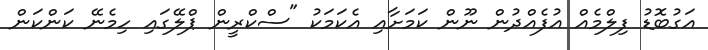
އަގުބޮޑު ފިލްމެއް އުފެއްދުން ނޫން ކަމަށާއި އެކަމަކު "ސްކްރީން ޕްލޭގައި ހިމެނޭ ކަންކަން